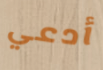
أدعي